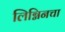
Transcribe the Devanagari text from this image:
लिग्निनचा